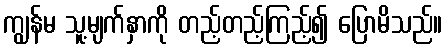
ကျွန်မ သူ့မျက်နှာကို တည့်တည့်ကြည့်၍ ပြောမိသည်။